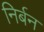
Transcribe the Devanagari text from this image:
निर्बन